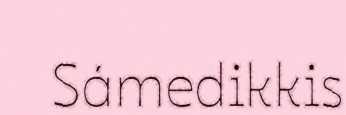
Sámedikkis